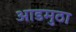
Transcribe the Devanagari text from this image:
आडमुठा